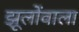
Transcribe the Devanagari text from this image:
झूलोंवाला